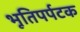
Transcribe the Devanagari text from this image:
भूतिपर्पटक